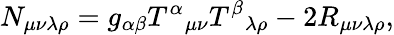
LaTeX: N_{\mu\nu\lambda\rho}=g_{\alpha\beta}{T^{\alpha}}_{\mu\nu}{T^{\beta}}_{\lambda\rho}-2R_{\mu\nu\lambda\rho},